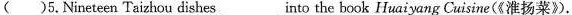
（）5.Nineteen Taizhou dishes into the book Huaiyang Cuisine（《淮扬菜》）.